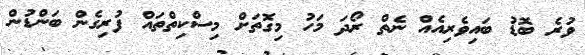
ވުރެ ބޮޑު ބައިވެރިއެއް ނެތް ރޯދަ މަހު މިގޮތަށް މިސްކިތްތައް ފުރިގެން ބަންޑުން